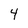
Character: 4